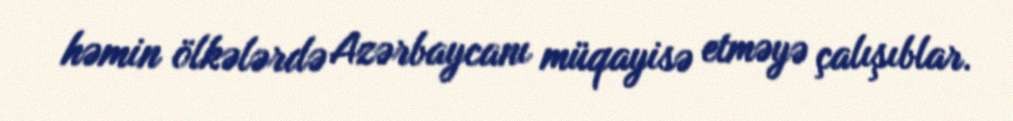
həmin ölkələrdə Azərbaycanı müqayisə etməyə çalışıblar.